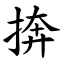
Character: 捹